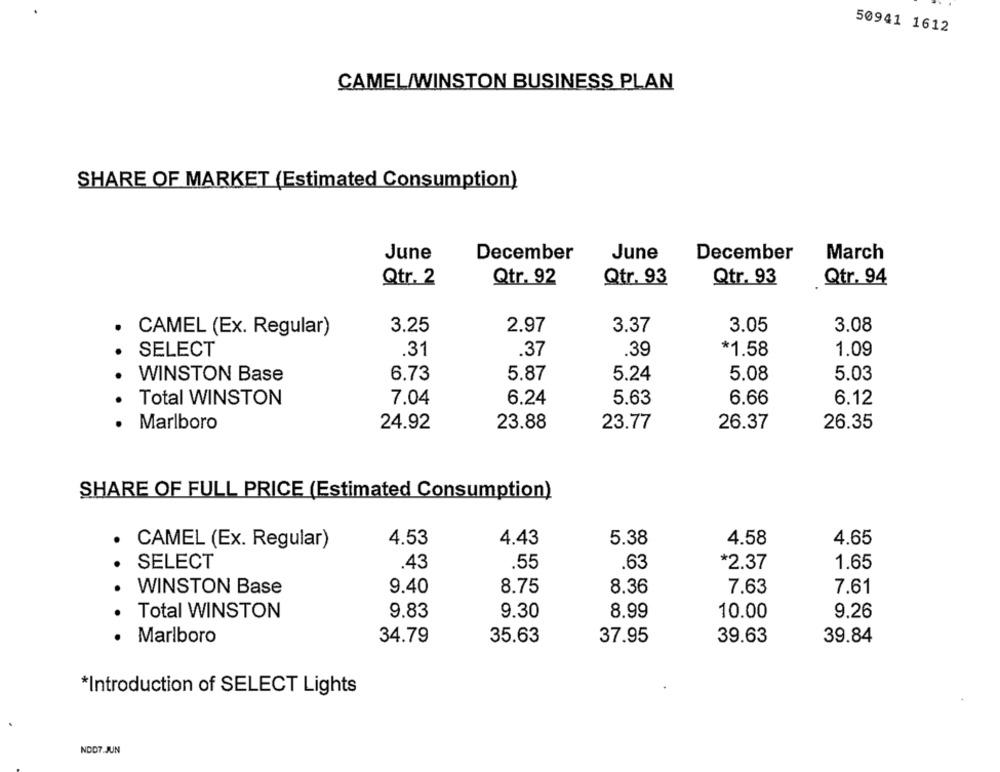
50941 1612
CAMEL/WINSTON BUSINESS PLAN
SHARE OF MARKET (Estimated Consumption)
June
June
December
December
March
Qtr. 2
Qtr. 92
Qtr. 93
Qtr. 93
Qtr. 94
CAMEL (Ex. Regular)
3.25
2.97
3.37
3.05
3.08
SELECT
.31
.37
.39
*1.58
1.09
WINSTON Base
6.73
5.87
5.24
5.08
5.03
Total WINSTON
7.04
6.24
5.63
6.66
6.12
.
24.92
23.88
23.77
26.37
Marlboro
26.35
SHARE OF FULL PRICE (Estimated Consumption)
4.53
4.43
5.38
4.58
4.65
CAMEL (Ex. Regular)
SELECT
.55
.43
.63
*2.37
1.65
WINSTON Base
9.40
8.75
8.36
7.63
7.61
Total WINSTON
9.83
9.30
8.99
10.00
9.26
Marlboro
34.79
35.63
37.95
39.63
39.84
*Introduction of SELECT Lights
NDD7.JUN